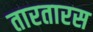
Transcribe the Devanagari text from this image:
तारतारस